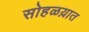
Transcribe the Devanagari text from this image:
सोहळय़ात